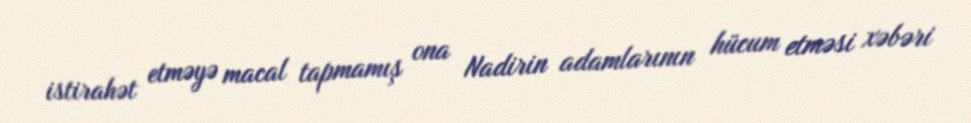
istirahət etməyə macal tapmamış ona Nadirin adamlarının hücum etməsi xəbəri